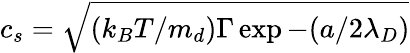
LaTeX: c_{s}=\sqrt{(k_{B}T/m_{d})\Gamma\exp{-(a/2\lambda_{D})}}